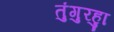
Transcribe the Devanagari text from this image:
तुंगुरहुा